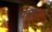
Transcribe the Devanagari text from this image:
धंसा।